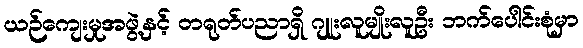
ယဉ်ကျေးမှုအဖွဲ့နှင့် တရုတ်ပညာရှိ ဂျူးလူမျိုးလူဦး ဘက်ပေါင်းစုံမှာ